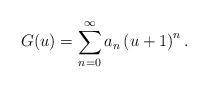
LaTeX: \begin{align*}G(u) = \sum_{n=0}^{\infty} a_n \left(u+1 \right)^n.\end{align*}